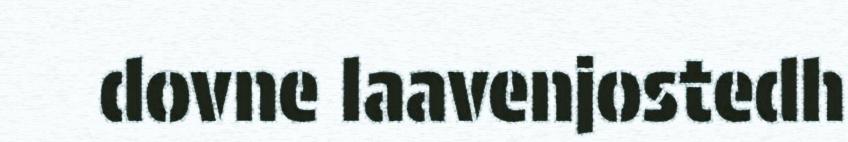
dovne laavenjostedh